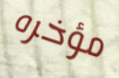
مؤخره